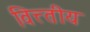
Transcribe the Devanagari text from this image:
वित्त्तीय